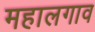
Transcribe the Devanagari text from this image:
महालगाव